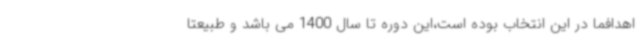
اهدافما در این انتخاب بوده است،این دوره تا سال 1400 می باشد و طبیعتا